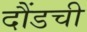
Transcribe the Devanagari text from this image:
दौंडची